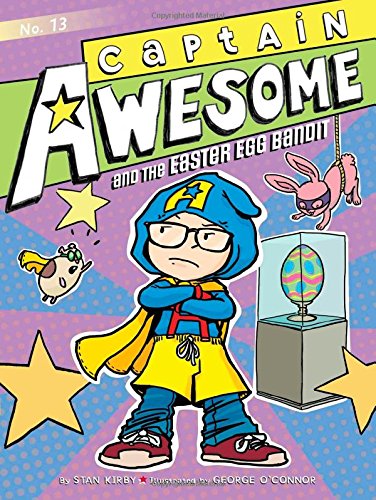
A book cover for Captain Awesome and the Easter Egg Bandit; Stan Kirby; Science Fiction & Fantasy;